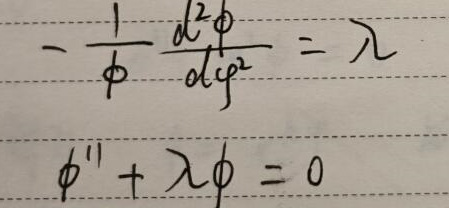
\[
-\frac{1}{\phi}\frac{d^{2}\phi}{d\varphi^{2}}=\lambda
\]
\[
\phi''+\lambda\phi = 0
\]